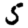
Digit: 5